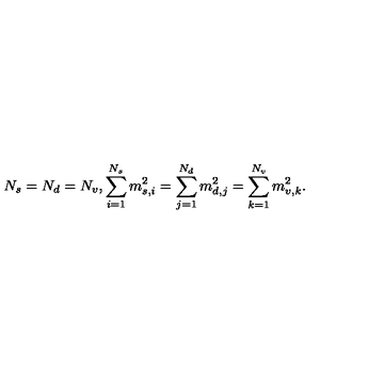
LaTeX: N _ { s } = N _ { d } = N _ { v } , \sum _ { i = 1 } ^ { N _ { s } } m _ { s , i } ^ { 2 } = \sum _ { j = 1 } ^ { N _ { d } } m _ { d , j } ^ { 2 } = \sum _ { k = 1 } ^ { N _ { v } } m _ { v , k } ^ { 2 } .